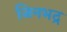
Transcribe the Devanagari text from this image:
जिनभद्र